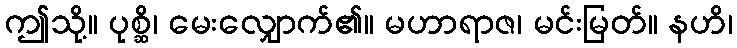
ဤသို့။ ပုစ္ဆိ၊ မေးလျှောက်၏။ မဟာရာဇ၊ မင်းမြတ်။ နဟိ၊